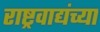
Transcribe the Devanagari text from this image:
राष्ट्रवाद्यंच्या